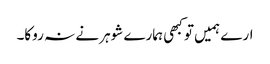
ارے ہمیں تو کبھی ہمارے شوہر نے نہ روکا۔